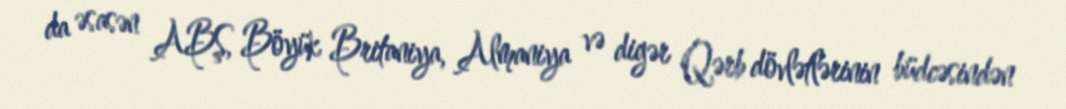
da əsasən ABŞ, Böyük Britaniya, Almaniya və digər Qərb dövlətlərinin büdcəsindən